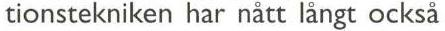
tionstekniken har nått långt också